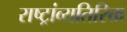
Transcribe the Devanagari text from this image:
राष्ट्रांव्यतिरिक्त